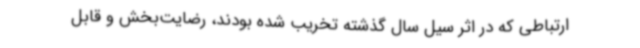
ارتباطی که در اثر سیل سال گذشته تخریب شده بودند، رضایت‌بخش و قابل